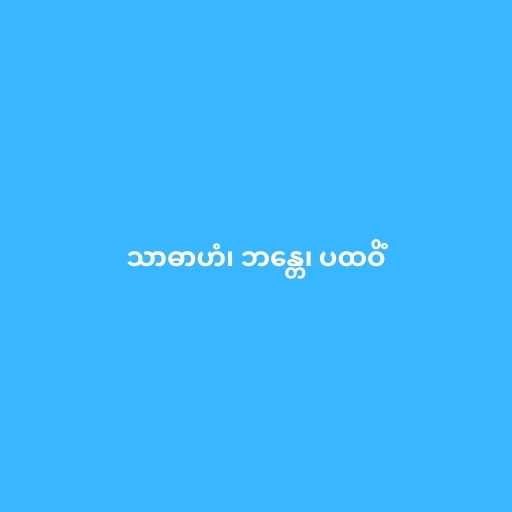
သာဓာဟံ၊ ဘန္တေ၊ ပထဝိံ